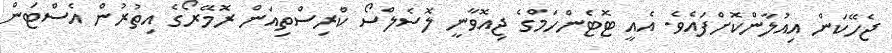
ޖެހޭކަން އިއުލާންކޮށްފައެވެ. އެއީ ޓޮޓެންހަމްގެ ޖިއޮވާނީ ލޮސެލްސޯ ކްރިސްތިއަން ރޮމޭރޯގެ އިތުރުން އެސްޓަން